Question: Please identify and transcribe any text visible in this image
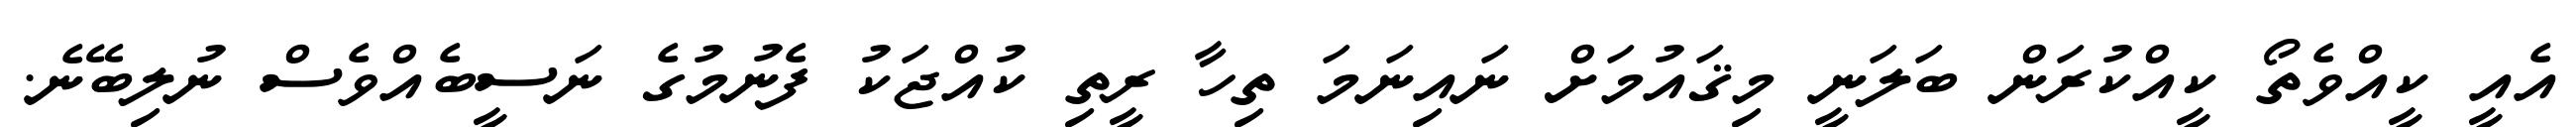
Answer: އެއީ ކީއްވެތޯ ކީއްކުރަން ބަލަނީ މިޤައުމަށް ނައިނަމަ ތިހާ ރީތި ކުއްޖަކު ފެނުމުގެ ނަސީބެއްވެސް ނުލިބޭނެ.